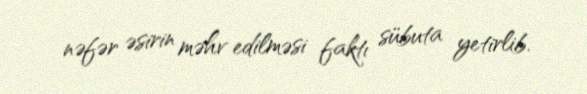
nəfər əsirin məhv edilməsi faktı sübuta yetirlib.